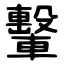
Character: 轚